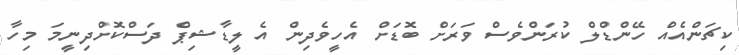
ކިޗަންއެއް ހޭންޑްލް ކުރަންވެސް ވަރަށް ބޮޑަށް އެހީވެދިން އެ ލީޑާޝިޕް ދަސްކޮށްދިނީމަ މިހާ